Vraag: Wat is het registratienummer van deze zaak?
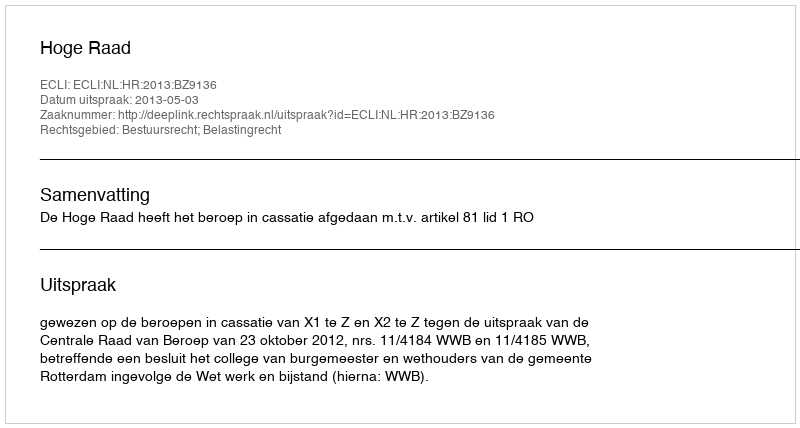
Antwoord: http://deeplink.rechtspraak.nl/uitspraak?id=ECLI:NL:HR:2013:BZ9136